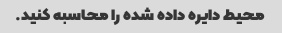
محیط دایره داده شده را محاسبه کنید.